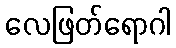
လေဖြတ်ရောဂါ